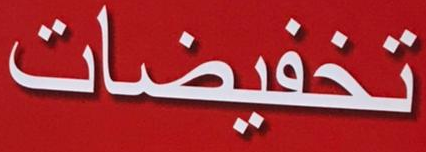
تخفيضات